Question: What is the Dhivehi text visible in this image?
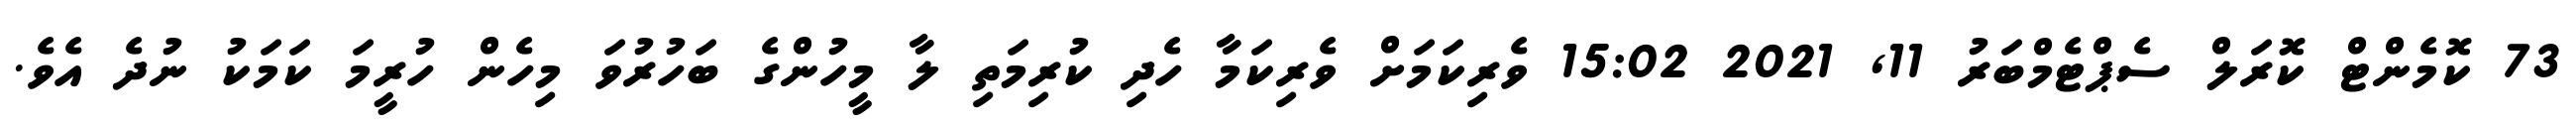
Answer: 73 ކޮމެންޓް ކޮރަލް ސެޕްޓެމްބަރު 11, 2021 15:02 ވެރިކަމަށް ވެރިކަމާ ހެދި ކުރިމަތި ލާ މީހުންގެ ބަހުރުވަ މިހެން ހުރީމަ ކަމަކު ނުދެ އެވެ.